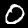
Label: 0